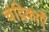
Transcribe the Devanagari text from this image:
चंद्रिकाएँ